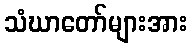
သံဃာတော်များအား